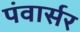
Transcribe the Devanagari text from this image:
पंवार्सर